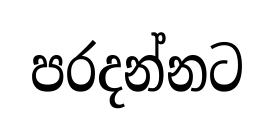
පරදන්නට